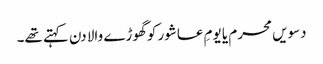
دسویں محرم یا یومِ عاشور کو گھوڑے والا دن کہتے تھے۔